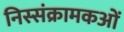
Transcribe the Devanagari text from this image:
निस्संक्रामकओं